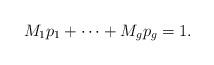
LaTeX: \begin{align*}M_1 p_1 + \cdots + M_g p_g = 1.\end{align*}